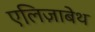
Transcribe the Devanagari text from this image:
एलि़ज़ाबेथ